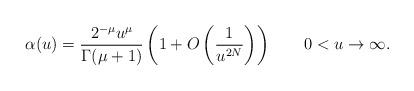
LaTeX: \begin{align*}\alpha(u)=\frac{2^{-\mu}u^\mu}{\Gamma(\mu+1)}\left(1+O\left(\frac1{u^{2N}}\right)\right)\qquad 0<u\to\infty.\end{align*}